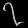
Digit: ၇